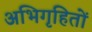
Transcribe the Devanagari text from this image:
अभिगृहितों